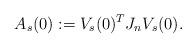
LaTeX: \begin{align*} A_s(0) := V_s(0)^T J_n V_s(0). \end{align*}